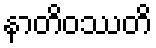
နာတိဝဿတိ